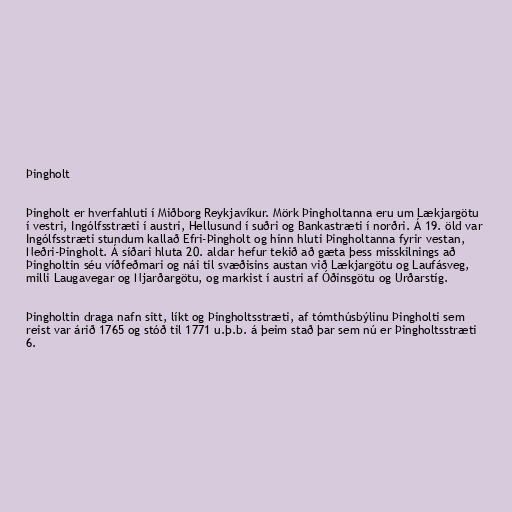
Þingholt

Þingholt er hverfahluti í Miðborg Reykjavíkur. Mörk Þingholtanna eru um Lækjargötu
í vestri, Ingólfsstræti í austri, Hellusund í suðri og Bankastræti í norðri. Á 19. öld var
Ingólfsstræti stundum kallað Efri-Þingholt og hinn hluti Þingholtanna fyrir vestan,
Neðri-Þingholt. Á síðari hluta 20. aldar hefur tekið að gæta þess misskilnings að
Þingholtin séu víðfeðmari og nái til svæðisins austan við Lækjargötu og Laufásveg,
milli Laugavegar og Njarðargötu, og markist í austri af Óðinsgötu og Urðarstíg.

Þingholtin draga nafn sitt, líkt og Þingholtsstræti, af tómthúsbýlinu Þingholti sem
reist var árið 1765 og stóð til 1771 u.þ.b. á þeim stað þar sem nú er Þingholtsstræti
6.